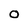
Character: O